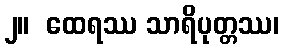
၂။  ထေရဿ သာရိပုတ္တဿ၊